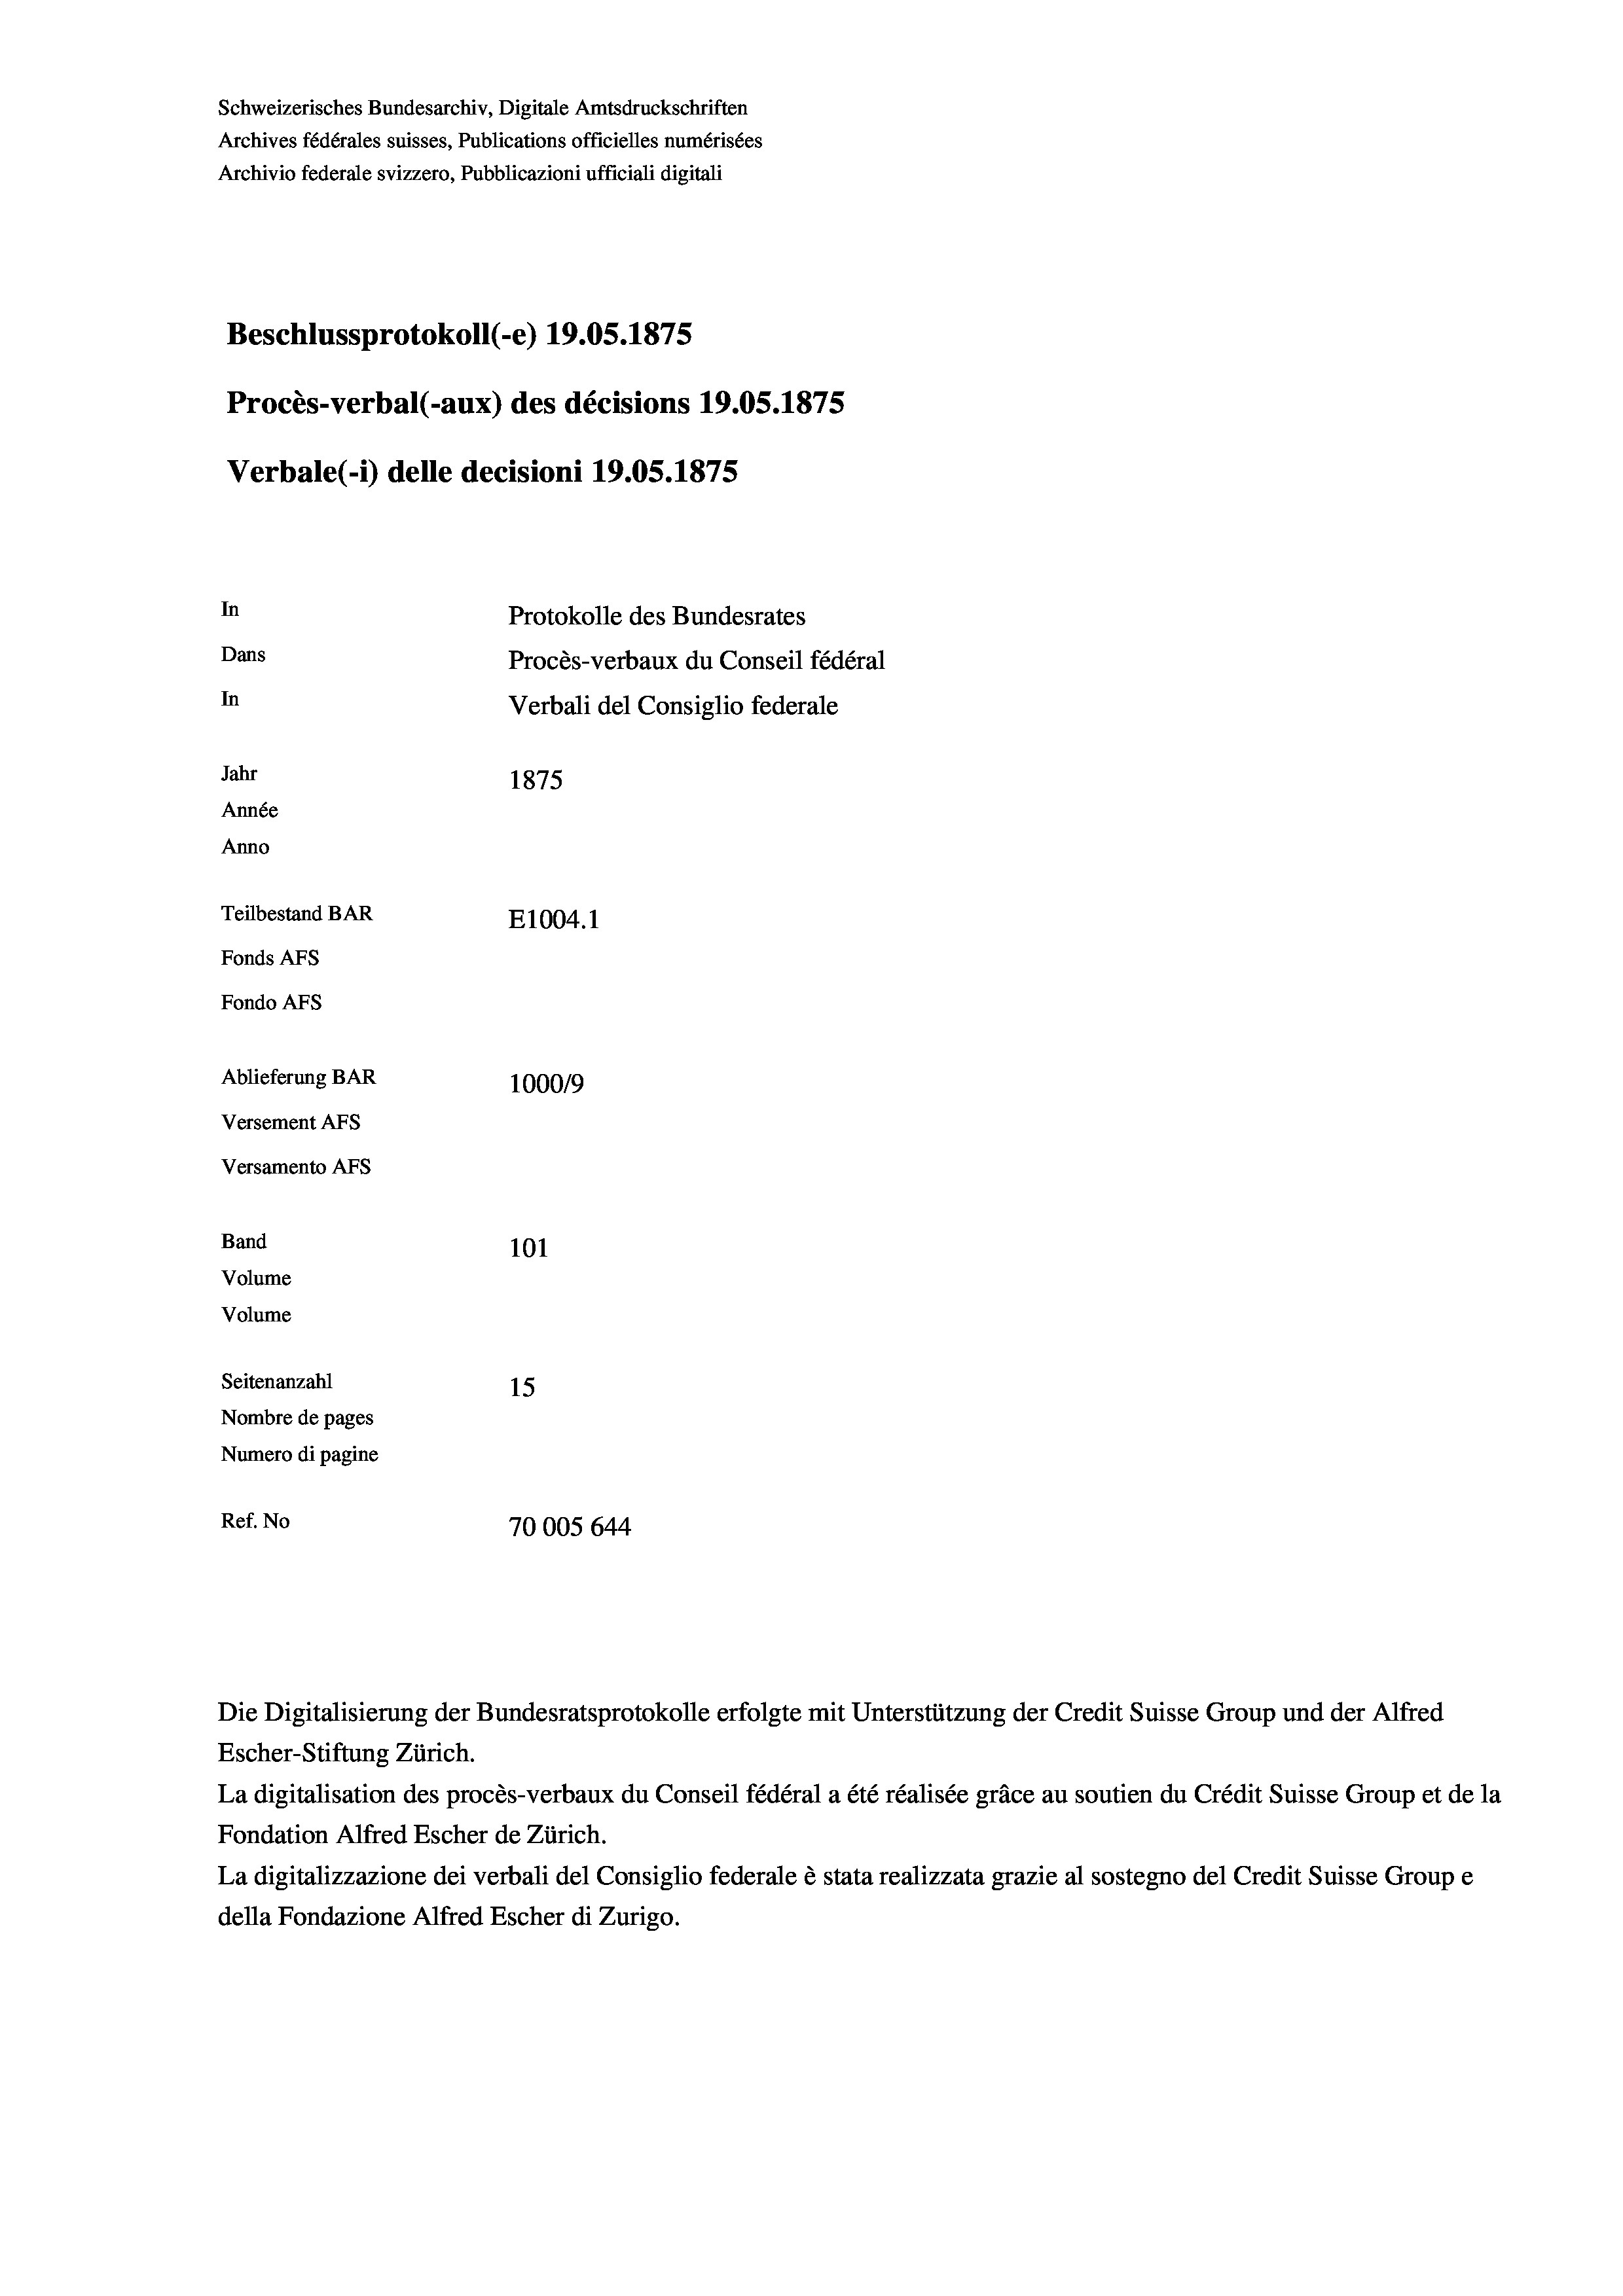
Schweizerisches Bundesarchiv, Digitale Amtsdruckschriften
Archives fédérales suisses, Publications officielles numérisées
Archivio federale svizzero, Pubblicazioni ufficiali digitali
Beschlussprotokoll (-e) 19.05. 1875
Procès-verbal (-aux) des décisions 19.05. 1875
Verbale (1) delle decisioni 1905. 1875
In
Protokolle des Bundesrates
Dans
Procès-verbaux du Conseil fédéral
In
Verbali del Consiglio federale
Jahr
1875
Année
Anno
Teilbestand BAR
E1004. 1
Fonds Afs
Fondo AFs
Ablieferung BAR
1000/9
Versement Abs
Versamento AFs

Band

101
Volume
Volume
Seitenanzahl
15
Nombre de pages
Numero di pagine
Ref. No
70005644

Die Digitalisierung der Bundesratsprotokolle erfolgte mit Unterstützung der Credit Suisse Group und der Alfred
Escher-Stiftung Zürich.
La digitalisation des procès-verbaux du Conseil fédéral a été réalisée gräce au soutien du Crédit Suisse Group et de la
Fondation Alfred Escher de Zürich.
La digitalizzazione dei verbali del Consiglio federale è stata realizzata grazie al sostegno del Credit Suisse Groupe
della Fondazione Alfred Escher di Zurigo.